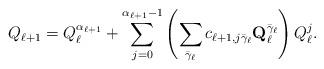
LaTeX: \begin{align*}Q_{\ell +1}=Q_\ell ^{\alpha_{\ell +1}}+\sum\limits_{j=0}^{\alpha_{\ell +1}-1}\left(\sum\limits_{{\bar\gamma}_\ell }c_{\ell +1,j{\bar\gamma}_\ell }\mathbf{Q}_\ell ^{{\bar\gamma}_\ell }\right)Q_\ell ^j.\end{align*}